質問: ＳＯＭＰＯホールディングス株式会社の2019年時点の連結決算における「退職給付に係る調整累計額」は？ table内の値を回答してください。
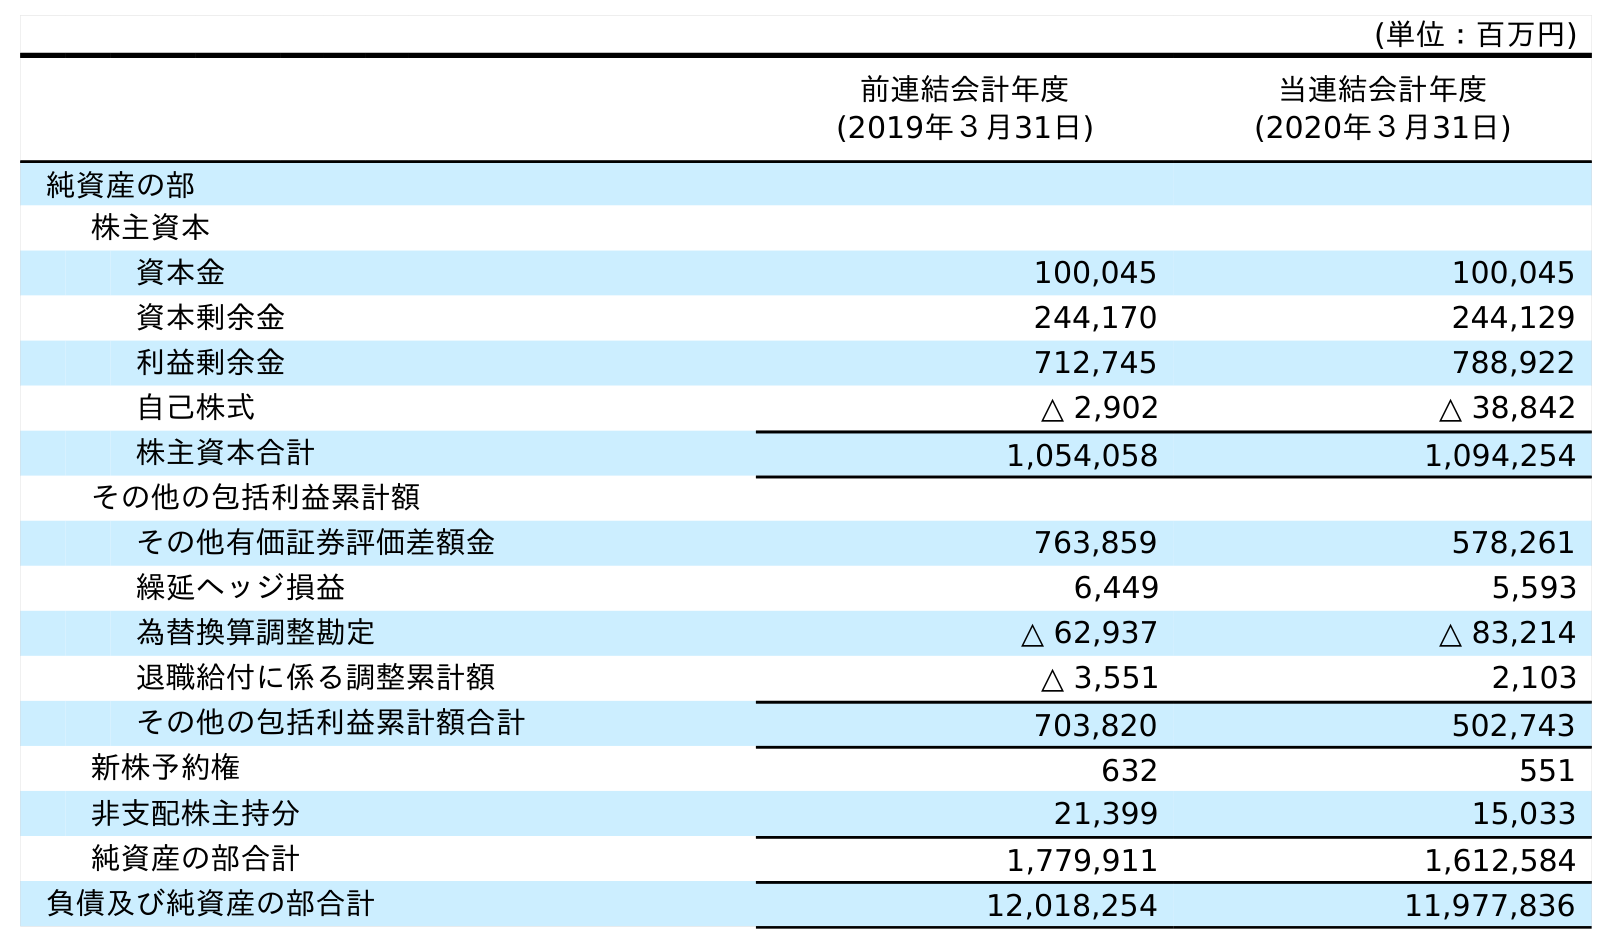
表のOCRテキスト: (単位：百万円) 前連結会計年度 (2019年３月31日) 当連結会計年度 (2020年３月31日) 純資産の部 株主資本 資本金 100,045 100,045 資本剰余金 244,170 244,129 利益剰余金 712,745 788,922 自己株式 △ 2,902 △ 38,842 株主資本合計 1,054,058 1,094,254 その他の包括利益累計額 その他有価証券評価差額金 763,859 578,261 繰延ヘッジ損益 6,449 5,593 為替換算調整勘定 △ 62,937 △ 83,214 退職給付に係る調整累計額 △ 3,551 2,103 その他の包括利益累計額合計 703,820 502,743 新株予約権 632 551 非支配株主持分 21,399 15,033 純資産の部合計 1,779,911 1,612,584 負債及び純資産の部合計 12,018,254 11,977,836
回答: △3,551